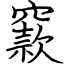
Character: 窾